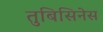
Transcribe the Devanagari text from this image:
तुबिसिनेस